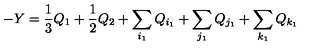
- Y = \frac { 1 } { 3 } Q _ { 1 } + \frac { 1 } { 2 } Q _ { 2 } + \sum _ { i _ { 1 } } Q _ { i _ { 1 } } + \sum _ { j _ { 1 } } Q _ { j _ { 1 } } + \sum _ { k _ { 1 } } Q _ { k _ { 1 } }